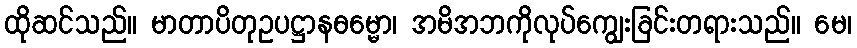
ထိုဆင်သည်။ မာတာပိတုဥပဋ္ဌာနဓမ္မော၊ အမိအဘကိုလုပ်ကျွေးခြင်းတရားသည်။ မေ၊